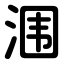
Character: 涠